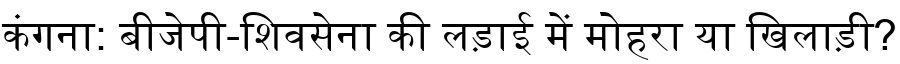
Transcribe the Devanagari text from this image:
कंगना: बीजेपी-शिवसेना की लड़ाई में मोहरा या खिलाड़ी?